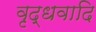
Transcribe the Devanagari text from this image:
वृद्धवादि